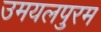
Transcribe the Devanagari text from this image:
उमयलपुरम